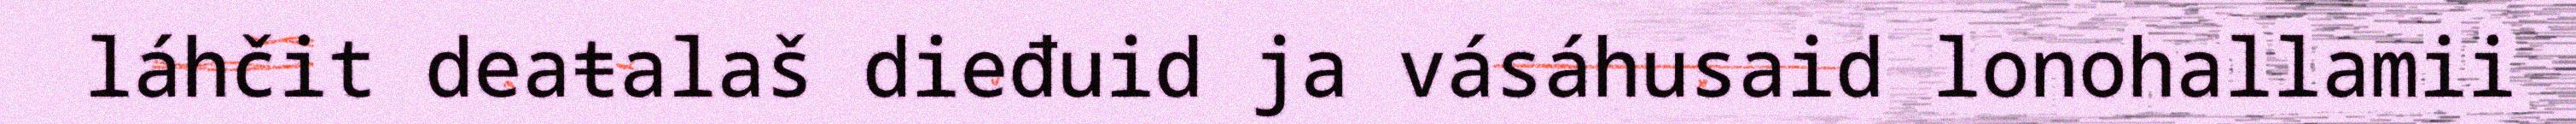
láhčit deaŧalaš dieđuid ja vásáhusaid lonohallamii